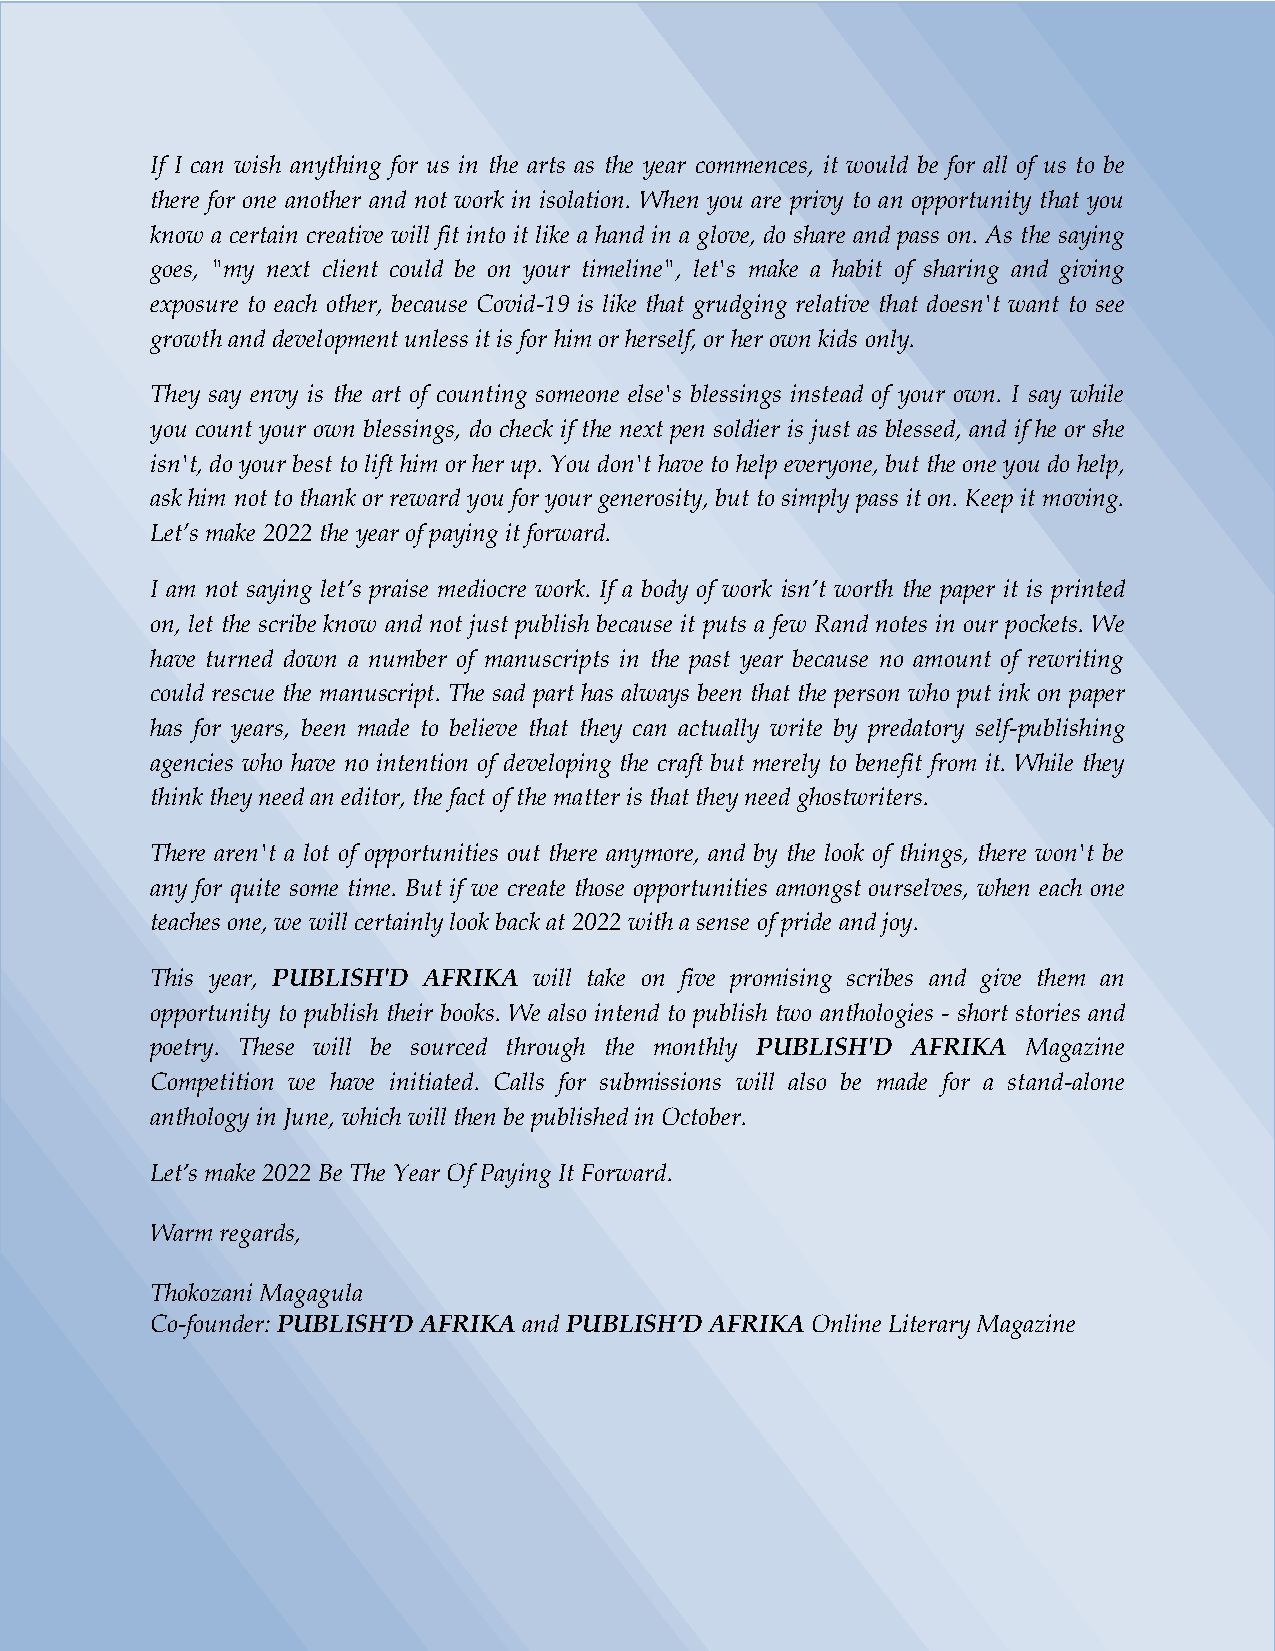
PUBLISH’D AFRIKA JAN 2022
 If I can wish anything for us in the arts as the year commences, it would be for all of us to be
 there for one another and not work in isolation. When you are privy to an opportunity that you
 know a certain creative will fit into it like a hand in a glove, do share and pass on. As the saying
 goes, "my next client could be on your timeline", let's make a habit of sharing and giving
 exposure to each other, because Covid-19 is like that grudging relative that doesn't want to see
 growth and development unless it is for him or herself, or her own kids only.
 They say envy is the art of counting someone else's blessings instead of your own. I say while
 you count your own blessings, do check if the next pen soldier is just as blessed, and if he or she
 isn't, do your best to lift him or her up. You don't have to help everyone, but the one you do help,
 ask him not to thank or reward you for your generosity, but to simply pass it on. Keep it moving.
 Let’s make 2022 the year of paying it forward.
 I am not saying let’s praise mediocre work. If a body of work isn’t worth the paper it is printed
 on, let the scribe know and not just publish because it puts a few Rand notes in our pockets. We
 have turned down a number of manuscripts in the past year because no amount of rewriting
 could rescue the manuscript. The sad part has always been that the person who put ink on paper
 has for years, been made to believe that they can actually write by predatory self-publishing
 agencies who have no intention of developing the craft but merely to benefit from it. While they
 think they need an editor, the fact of the matter is that they need ghostwriters.
 There aren't a lot of opportunities out there anymore, and by the look of things, there won't be
 any for quite some time. But if we create those opportunities amongst ourselves, when each one
 teaches one, we will certainly look back at 2022 with a sense of pride and joy.
 This year, PUBLISH'D AFRIKA will take on five promising scribes and give them an
 opportunity to publish their books. We also intend to publish two anthologies - short stories and
 poetry. These will be sourced through the monthly PUBLISH'D AFRIKA Magazine
 Competition we have initiated. Calls for submissions will also be made for a stand-alone
 anthology in June, which will then be published in October.
 Let’s make 2022 Be The Year Of Paying It Forward.
 Warm regards,
 Thokozani Magagula
 Co-founder: PUBLISH’D AFRIKA and PUBLISH’D AFRIKA Online Literary Magazine
 | P age